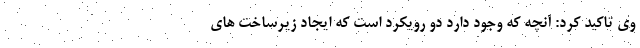
وی تاکید کرد: آنچه که وجود دارد دو رویکرد است که ایجاد زیرساخت های